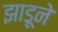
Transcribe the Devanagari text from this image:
झाडूने